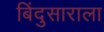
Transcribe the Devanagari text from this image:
बिंदुसाराला